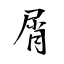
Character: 屑